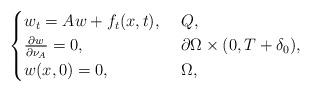
LaTeX: \begin{align*}\begin{cases}w_t=Aw+f_t(x,t), &\ Q,\\\frac{\partial w}{\partial \nu_{A}}=0, &\ \partial\Omega\times(0,T+\delta_0),\\w(x,0)=0, &\ \Omega,\end{cases}\end{align*}